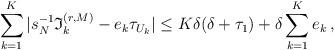
LaTeX: \begin{align*}\sum_{k=1}^K | s_N^{-1} \mathfrak{I}_k^{(r,M)} - e_k \tau_{U_k} | \leq K\delta( \delta + \tau_1) + \delta \sum_{k=1}^Ke_k \,,\end{align*}